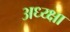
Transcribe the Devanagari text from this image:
अध्य्क्षा